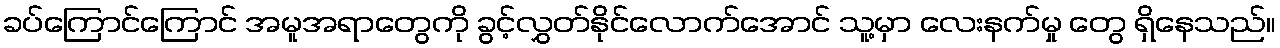
ခပ်ကြောင်ကြောင် အမူအရာတွေကို ခွင့်လွှတ်နိုင်လောက်အောင် သူ့မှာ လေးနက်မှု တွေ ရှိနေသည်။